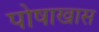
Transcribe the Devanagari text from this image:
पोषाखास